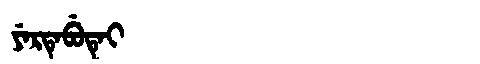
Manchu: ᠶᡝᡵᡨᡝᠪᡠᡨᡝᡳ
Romanization: YERTEBUTEI